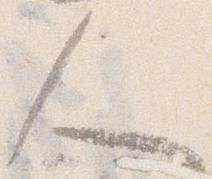
人